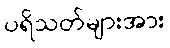
ပရိသတ်များအား